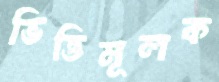
ভিত্তিমূলক